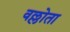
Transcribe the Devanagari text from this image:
वल्लोता